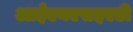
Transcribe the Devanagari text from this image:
आईएनएसइएडी